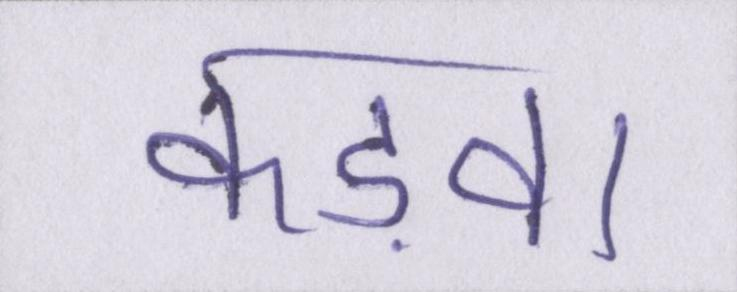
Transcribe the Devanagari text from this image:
कड़वा